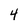
Character: 4